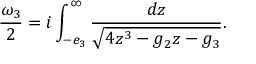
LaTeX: { \frac { \omega _ { 3 } } { 2 } } = i \int _ { - e _ { 3 } } ^ { \infty } { \frac { d z } { \sqrt { 4 z ^ { 3 } - g _ { 2 } z - g _ { 3 } } } } .